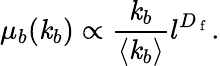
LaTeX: \mu_{b}(\mathit{k}_{b})\propto\frac{{\mathit{k}_{b}}}{{\langle\mathit{k}_{b}\rangle}}l^{D_{\mathrm{{~f~}}}}.